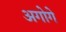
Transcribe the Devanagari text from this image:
अगोगे